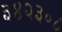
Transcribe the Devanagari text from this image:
३४२३०८